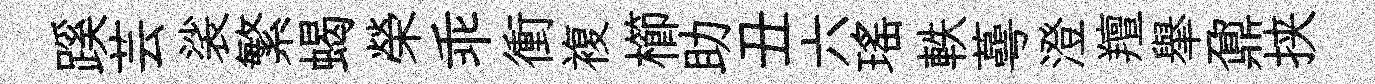
蹊芸裟繁蝎榮乖衝複櫛助丑六瑶軼蕚澄羶𦦙鼐挟